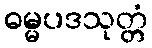
ဓမ္မပဒသုတ္တံ